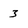
Character: 3